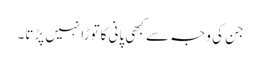
جن کی وجہ سے کبھی پانی کاتوڑا نہیں پڑتا۔